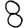
Digit: 8